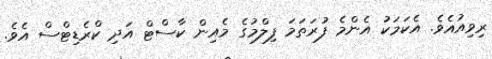
ރިވިއުއެވެ. އެކަމަކު އެންމެ ފުރަތަމަ ފިލްމުގެ މެއިން ކާސްޓް އަދި ކްރެޑިޓްސް އެވެ.